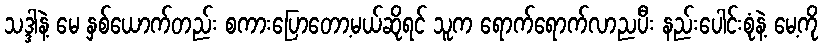
သဒ္ဒါနဲ့ မေ နှစ်ယောက်တည်း စကားပြောတော့မယ်ဆိုရင် သူက ရောက်ရောက်လာညပီး နည်းပေါင်းစုံနဲ့ မေ့ကို